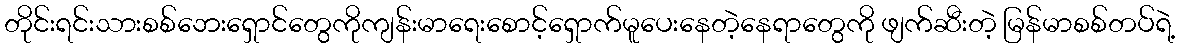
တိုင်းရင်းသားစစ်ဘေးရှောင်တွေကိုကျန်းမာရေးစောင့်ရှောက်မူပေးနေတဲ့နေရာတွေကို ဖျက်ဆီးတဲ့ မြန်မာစစ်တပ်ရဲ့